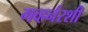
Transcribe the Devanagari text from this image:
गव्हर्नरशी